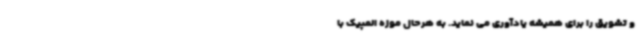
و تشویق را برای همیشه یادآوری می نماید. به‌ هرحال موزه المپیک با